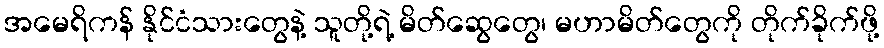
အမေရိကန် နိုင်ငံသားတွေနဲ့ သူတို့ရဲ့ မိတ်ဆွေတွေ၊ မဟာမိတ်တွေကို တိုက်ခိုက်ဖို့